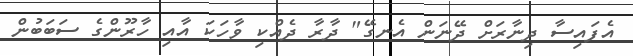
އެފައިސާ ދިނާރަށް ދޭނަން އެނގޭ" ދާރާ ދެއްކި ވާހަކަ އާއި ހާރޫންގެ ސަބަބުން